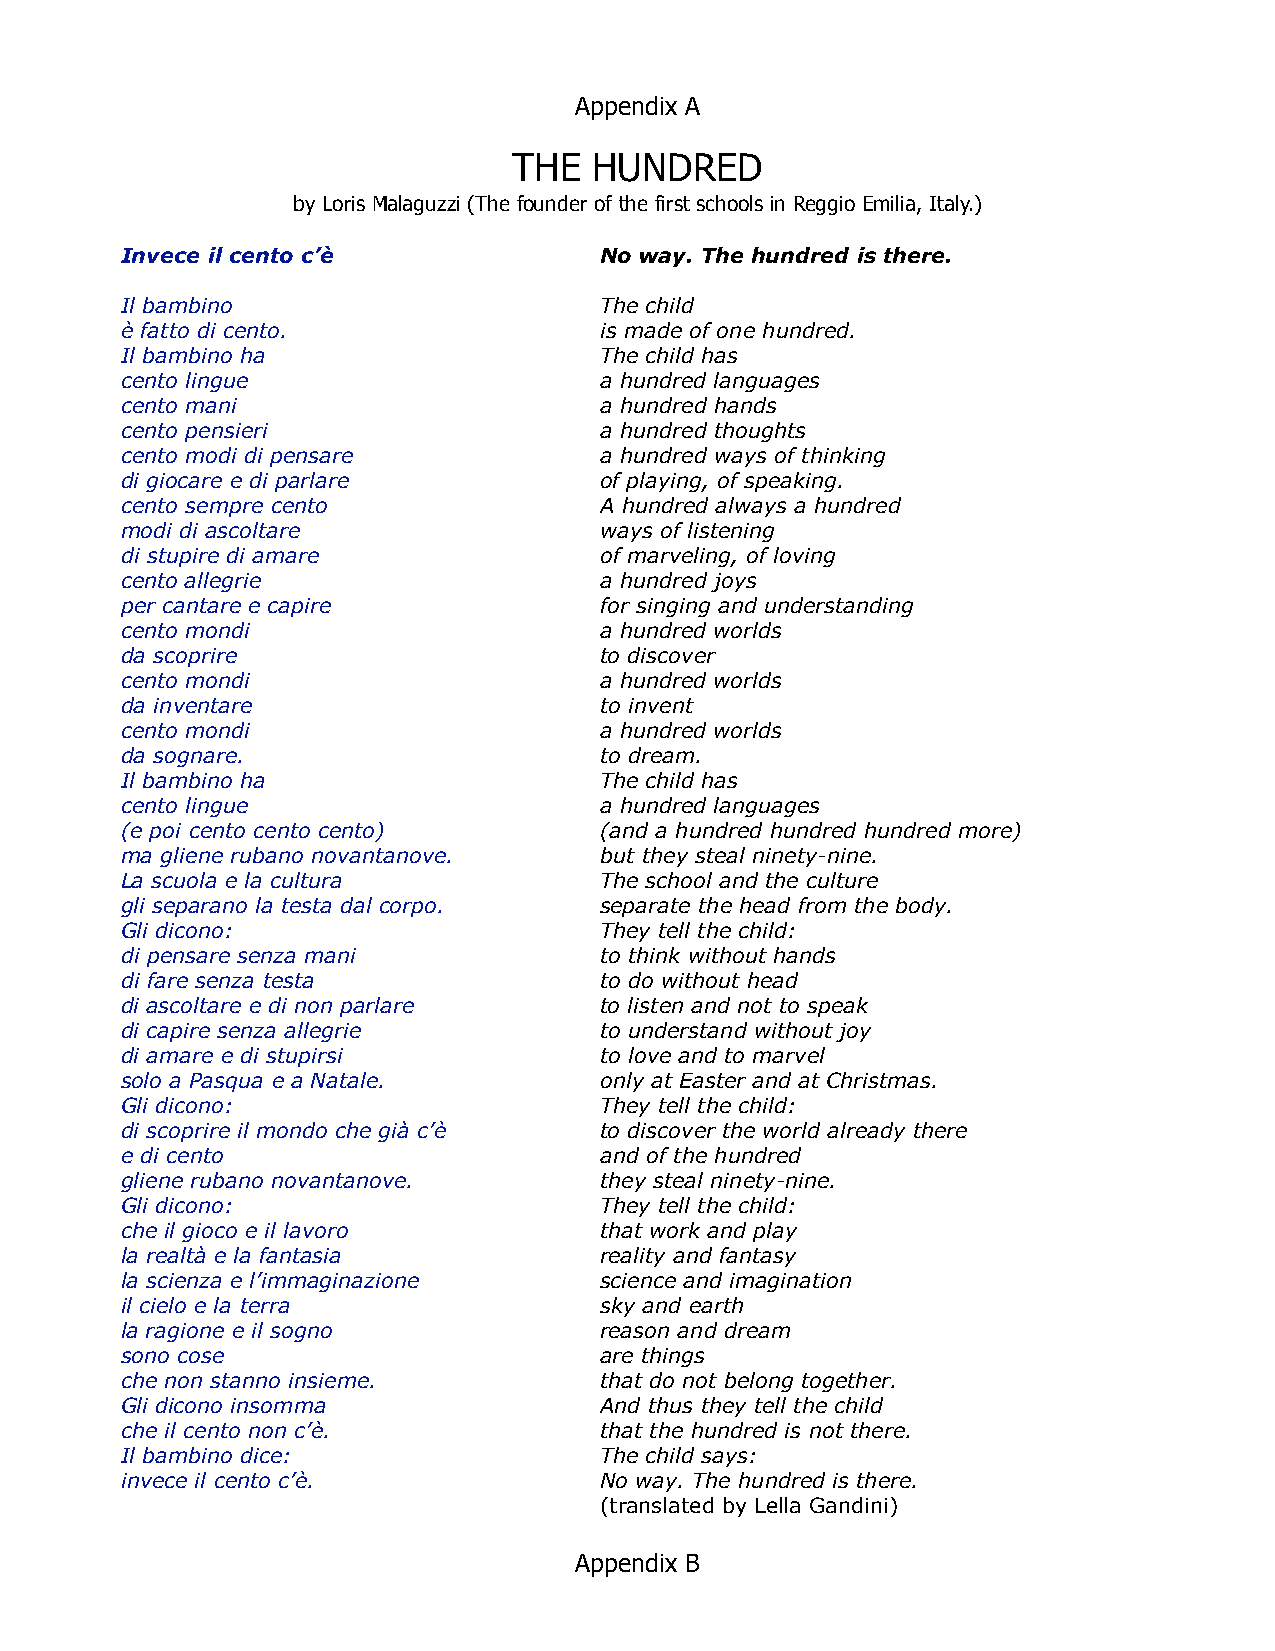
Appendix A
 THE  HUNDRED
 by Loris Malaguzzi (The founder of the first schools in Reggio Emilia, Italy.)
 Invece il cento c’è             No way. The hundred is there.
 Il bambino                      The child
 è fatto di cento.               is made of one hundred.
 Il bambino ha                   The child has
 cento lingue                    a hundred languages
 cento mani                      a hundred hands
 cento pensieri                  a hundred thoughts
 cento modi di pensare           a hundred ways of thinking
 di giocare e di parlare         of playing, of speaking.
 cento sempre cento              A hundred always a hundred
 modi di ascoltare               ways of listening
 di stupire di amare             of marveling, of loving
 cento allegrie                  a hundred joys
 per cantare e capire            for singing and understanding
 cento mondi                     a hundred worlds
 da scoprire                     to discover
 cento mondi                     a hundred worlds
 da inventare                    to invent
 cento mondi                     a hundred worlds
 da sognare.                     to dream.
 Il bambino ha                   The child has
 cento lingue                    a hundred languages
 (e poi cento cento cento)       (and a hundred hundred hundred more)
 ma gliene rubano novantanove.   but they steal ninety-nine.
 La scuola e la cultura          The school and the culture
 gli separano la testa dal corpo. separate the head from the body.
 Gli dicono:                     They tell the child:
 di pensare senza mani           to think without hands
 di fare senza testa             to do without head
 di ascoltare e di non parlare   to listen and not to speak
 di capire senza allegrie        to understand without joy
 di amare e di stupirsi          to love and to marvel
 solo a Pasqua e a Natale.       only at Easter and at Christmas.
 Gli dicono:                     They tell the child:
 di scoprire il mondo che già c’è to discover the world already there
 e di cento                      and of the hundred
 gliene rubano novantanove.      they steal ninety-nine.
 Gli dicono:                     They tell the child:
 che il gioco e il lavoro        that work and play
 la realtà e la fantasia         reality and fantasy
 la scienza e l’immaginazione    science and imagination
 il cielo e la terra             sky and earth
 la ragione e il sogno           reason and dream
 sono cose                       are things
 che non stanno insieme.         that do not belong together.
 Gli dicono insomma              And thus they tell the child
 che il cento non c’è.           that the hundred is not there.
 Il bambino dice:                The child says:
 invece il cento c’è.            No way. The hundred is there.
 (translated by Lella Gandini)
 Appendix B